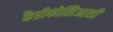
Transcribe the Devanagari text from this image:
कैप्रीफोलिआसी